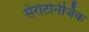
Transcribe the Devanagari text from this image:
सेरोटोनेर्जिक